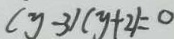
( y - 3 ) ( y + 2 ) = 0